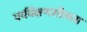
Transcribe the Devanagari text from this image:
पर्यवेक्षणशीलता